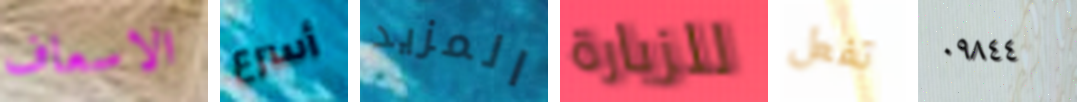
الاسعاف أسرع المزيد للزيارة تفعل ٠٩٨٤٤